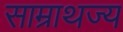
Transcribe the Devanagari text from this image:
साम्राथज्य